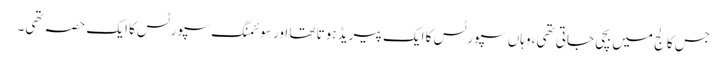
جس کالج میں بچی جاتی تھی، وہاں سپورٹس کا ایک پیریڈ ہوتا تھا اور سوئمنگ سپورٹس کا ایک حصہ تھی۔